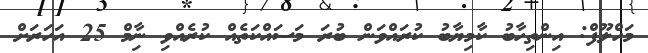
މަހްލޫފް: އިންތިހާބު ކާމިޔާބު ކުރައްވަން ބުރަ މަސައްކަތެއް ކުރެއްވި ނާިމް 25 އަހަރަށް